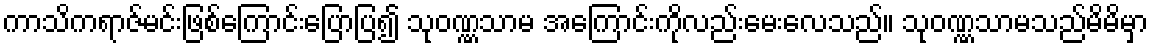
ကာသိကရာဇ်မင်းဖြစ်ကြောင်းပြောပြ၍ သုဝဏ္ဏသာမ အကြောင်းကိုလည်းမေးလေသည်။ သုဝဏ္ဏသာမသည်မိမိမှာ